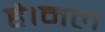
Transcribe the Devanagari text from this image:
है।मल